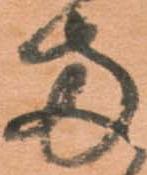
両